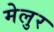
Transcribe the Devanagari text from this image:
मेलुर